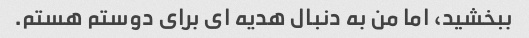
ببخشید، اما من به دنبال هدیه ای برای دوستم هستم.